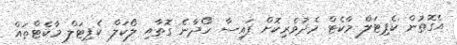
އެގޮތުން ކެޕިޓަލް މާކެޓް މެދުވެރިކޮށް ފައިސާ ހޯދާނެ ގޮތާއި ލޯކަލް ކެޕިޓަލް މާކެޓްތައް